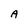
Character: A